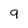
Character: 9